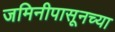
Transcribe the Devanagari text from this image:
जमिनीपासूनच्या